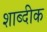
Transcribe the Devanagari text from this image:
शाब्दीक